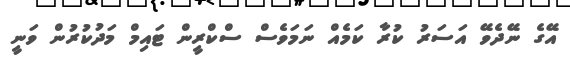
އޭގެ ނޭދެވޭ އަސަރު ކުރާ ކަމެއް ނަމަވެސް ސްކްރީން ޓައިމް މަދުކުރުން ވަނީ